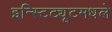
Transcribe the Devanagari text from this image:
इन्स्टिट्यूटमधले